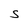
Character: S